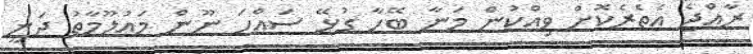
ރާއްޖެ އެތެރެކޮށް ވިއްކުން މަނާ ބޭހާ ގުޅޭ ސައްހަ ނޫން މައުލޫމާތު ދަނީ